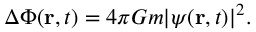
\Delta \Phi ( \mathbf { r } , t ) = 4 \pi G m | \psi ( \mathbf { r } , t ) | ^ { 2 } .